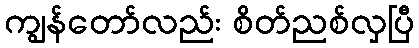
ကျွန်တော်လည်း စိတ်ညစ်လှပြီ